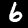
Label: 6